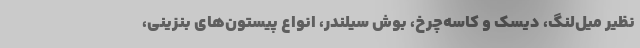
نظیر میل‌لنگ، دیسک و کاسه‌چرخ، بوش سیلندر، انواع پیستون‌های بنزینی،